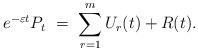
LaTeX: \begin{align*}e^{-\varepsilon t}P_t \ = \ \sum_{r=1}^m U_r(t) + R(t).\end{align*}